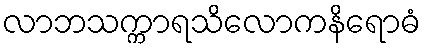
လာဘသက္ကာရသိလောကနိရောဓံ